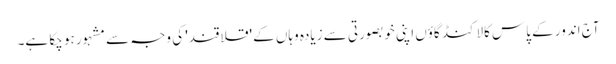
آج اندور کے پاس کالاکنڈ گاؤں اپنی خوبصورتی سے زیادہ وہاں کے 'قلاقند' کی وجہ سے مشہور ہو چکا ہے۔